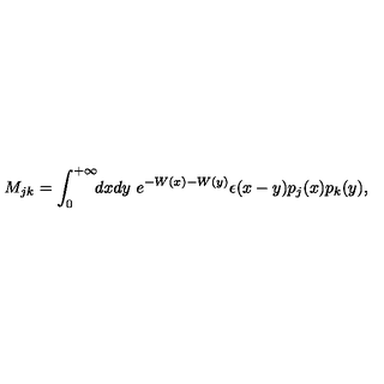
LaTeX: M _ { j k } = \int _ { 0 } ^ { + \infty } \! \! d x d y \ e ^ { - W ( x ) - W ( y ) } \epsilon ( x - y ) p _ { j } ( x ) p _ { k } ( y ) ,